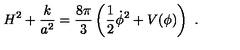
H ^ { 2 } + \frac { k } { a ^ { 2 } } = \frac { 8 \pi } { 3 } \left( \frac { 1 } { 2 } \dot { \phi } ^ { 2 } + V ( \phi ) \right) \ .